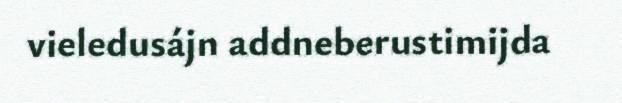
vieledusájn addneberustimijda